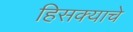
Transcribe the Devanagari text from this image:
हिसक्याचे